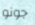
جونو